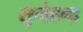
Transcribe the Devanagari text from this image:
सुमेहन्द्र